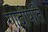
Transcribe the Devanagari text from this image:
गादीपति